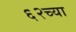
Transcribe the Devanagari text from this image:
६२च्या